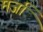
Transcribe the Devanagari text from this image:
मर्जा